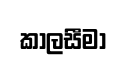
කාලසීමා